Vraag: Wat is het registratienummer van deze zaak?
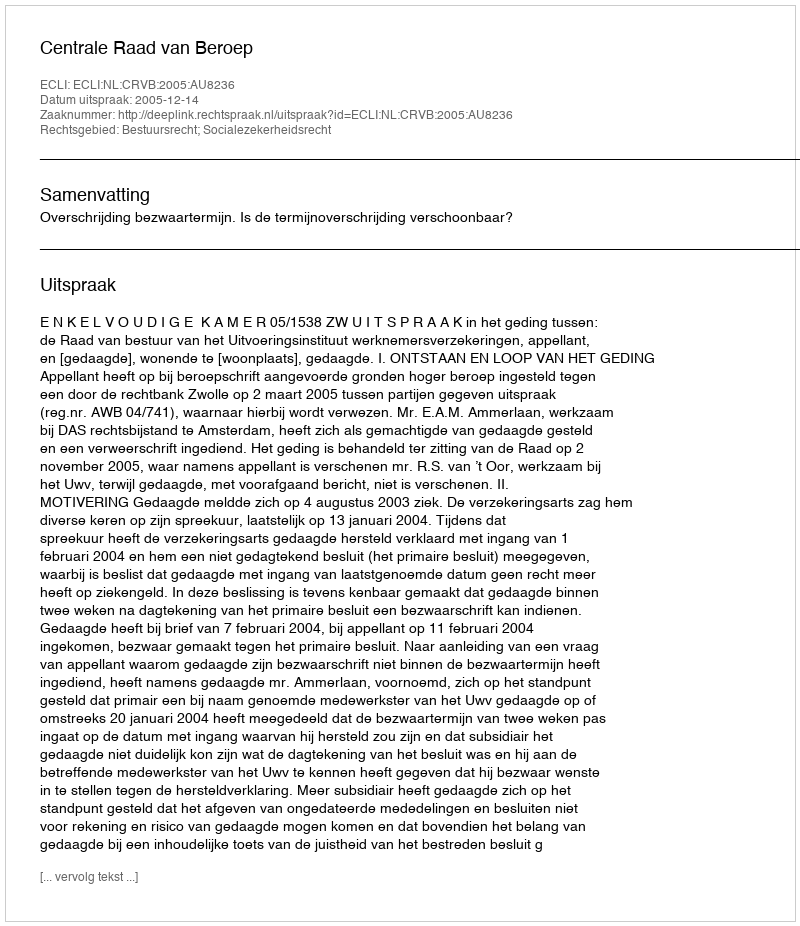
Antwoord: http://deeplink.rechtspraak.nl/uitspraak?id=ECLI:NL:CRVB:2005:AU8236